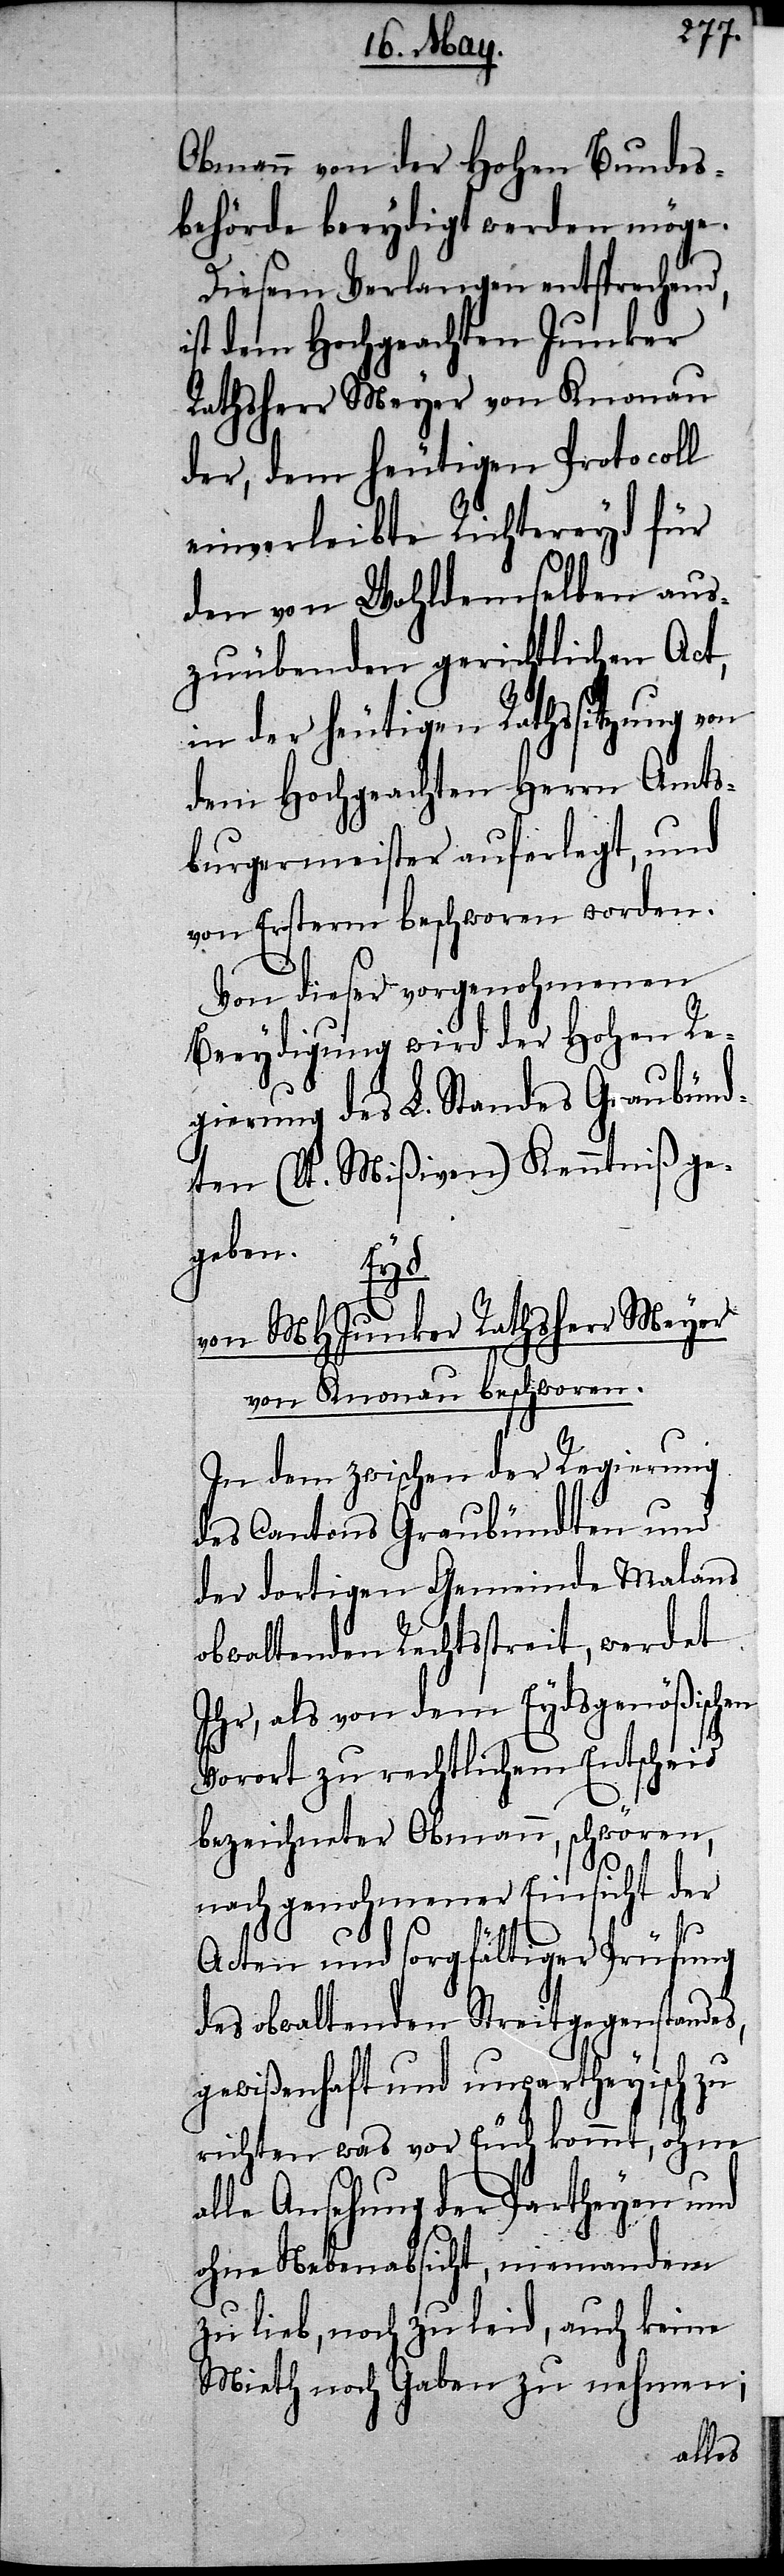
Obmann von der Hohen Bundes¬
behörde beeydigt werden möge.
Diesem Verlangen entsprechend,
ist dem Hochgeachten Junker
Rathsherr Meyer von Knonau
der, dem heutigen Protocoll
einverleibte Richtereyd für
den von Wohldemselben aus¬
zuübenden gerichtlichen Act,
in der heutigen Rathssitzung von
dem Hochgeachten Herrn Amts¬
burgermeister auferlegt, und
von Ersterm beschworen worden.
Von dieser vorgenohmenen
Beeydigung wird der Hohen Re¬
gierung des L. Standes Graubünd¬
ten (lt. Mißiven) Kenntniß ge¬
geben.
Eyd
von MHJunker Rathsherr Meyer
von Knonau beschworen.
In dem zwischen der Regierung
des Cantons Graubündten und
der dortigen Gemeinde Malans
obwaltenden Rechtsstreit, werdet
Ihr, als von dem Eydsgenößischen
Vorort zu rechtlichem Entscheid
bezeichneter Obmann, schwören,
nach genohmener Einsicht der
Acten und sorgfältiger Prüfung
des obwaltenden Streitgegenstandes,
gewißenhaft und unpartheyisch zu
richten was vor Euch kommt, ohne
alle Ansehung der Partheyen und
ohne Nebenabsicht, niemandem
zu lieb, noch zu leid, auch keine
Mieth noch Gaben zu nehmen;